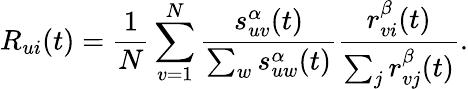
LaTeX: R_{ui}(t)=\frac{1}{N}\sum_{v=1}^{N}\frac{s_{uv}^{\alpha}(t)}{\sum_{w}s_{uw}^{\alpha}(t)}\frac{r_{vi}^{\beta}(t)}{\sum_{j}r_{vj}^{\beta}(t)}.